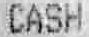
CASH